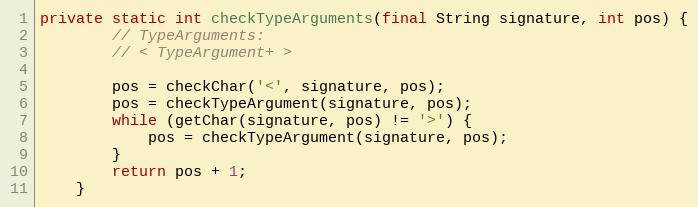
Language: Java
private static int checkTypeArguments(final String signature, int pos) {
        // TypeArguments:
        // < TypeArgument+ >

        pos = checkChar('<', signature, pos);
        pos = checkTypeArgument(signature, pos);
        while (getChar(signature, pos) != '>') {
            pos = checkTypeArgument(signature, pos);
        }
        return pos + 1;
    }